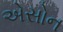
એસોન